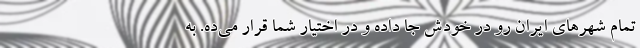
تمام شهرهای ایران رو در خودش جا داده و در اختیار شما قرار می‌ده. به